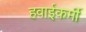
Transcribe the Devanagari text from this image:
हवाईकर्मी